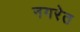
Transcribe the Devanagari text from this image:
नगरेत